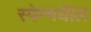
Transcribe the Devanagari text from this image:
स्पेन्मधील